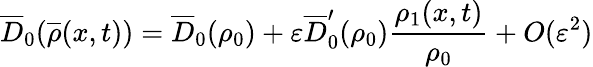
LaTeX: \overline{{D}}_{0}(\overline{{\rho}}(x,t))=\overline{{D}}_{0}(\rho_{0})+\varepsilon\overline{{D}}_{0}^{\prime}(\rho_{0})\frac{\rho_{1}(x,t)}{\rho_{0}}+O(\varepsilon^{2})